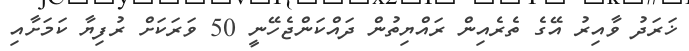
ޚަރަދު ވާއިރު އޭގެ ތެރެއިން ރައްޔިތުން ދައްކަންޖެހޭނީ 50 ވަރަކަށް ރުފިޔާ ކަމަށާއި